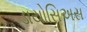
ડાયોસિઅસ